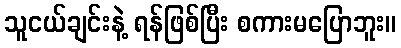
သူငယ်ချင်းနဲ့ ရန်ဖြစ်ပြီး စကားမပြောဘူး။